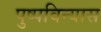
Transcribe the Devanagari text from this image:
पुष्पविन्यास